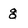
Character: g